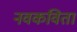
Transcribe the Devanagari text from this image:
नवकविता